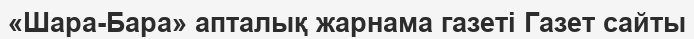
«Шара-Бара» апталық жарнама газеті Газет сайты